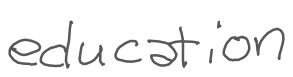
Text: education
Cross-out: clean
Writing tool: digital_gray